Civil Veterinary Department. Central Provinces & Berar 1925-31 - 1925-1931
Year: 1925
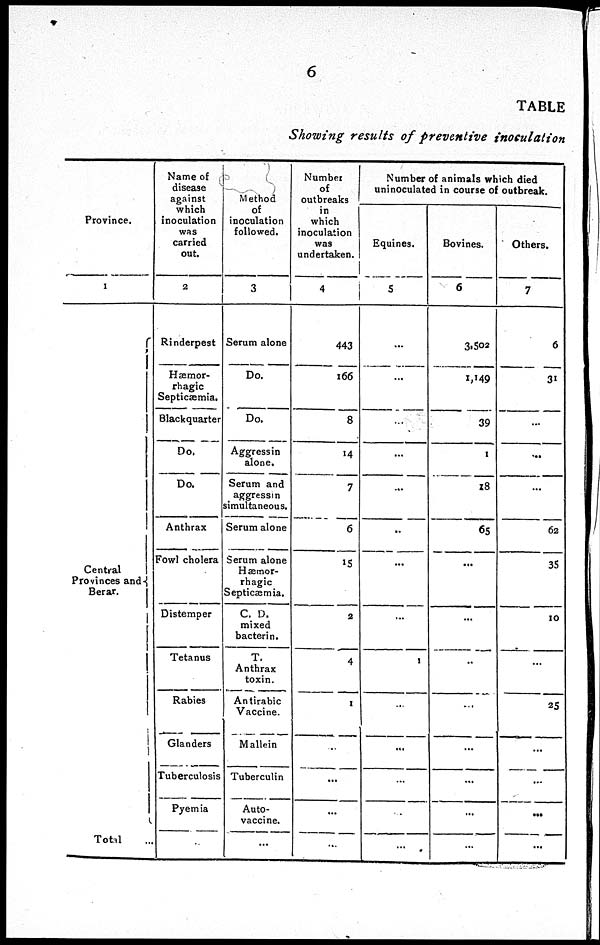
6
TABLE
Showing results of preventive inoculation
Province.
1
Central
Provinces and
Berar.
Total ...
Name of
disease
against
which
inoculation
was
carried
out.
2
Rinderpest
Hæmor-
rhagic
Septicæmia,
Blackquarter
Do.
Do.
Anthrax
Fowl cholera
Distemper
Tetanus
Rabies
Glanders
Tuberculosis
Pyemia
...
Method
of
inoculation
followed.
3
Serum alone
Do.
Do.
Aggressin
alone.
Serum and
aggressin
simultaneous.
Serum alone
Serum alone
Hæmor-
rhagic
Septicæmia.
C. D.
mixed
bacterin.
T.
Anthrax
toxin.
Antirabic
Vaccine.
Mallein
Tuberculin
Auto-
vaccine.
...
Number
of
outbreaks
in
which
inoculation
was
undertaken.
4
443
166
8
14
7
6
15
2
4
1
...
...
...
...
Number of animals which died
uninoculated in course of outbreak.
Equines.
5
...
...
...
...
...
...
...
...
1
...
...
...
...
...
Bovines.
6
3,502
1,149
39
1
18
65
...
...
...
...
...
...
...
...
Others.
7
6
31
...
...
...
62
35
10
...
25
...
...
...
...